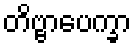
တိဗ္ဗာပေက္ခာ